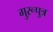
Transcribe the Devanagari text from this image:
गुरूपुत्र